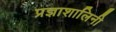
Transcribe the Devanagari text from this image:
प्रज्ञाशालिनी